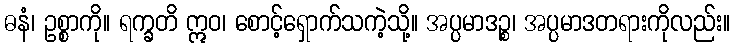
ဓနံ၊ ဥစ္စာကို။ ရက္ခတိ ဣဝ၊ စောင့်ရှောက်သကဲ့သို့။ အပ္ပမာဒဉ္စ၊ အပ္ပမာဒတရားကိုလည်း။